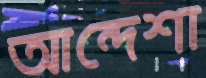
আন্দেশা